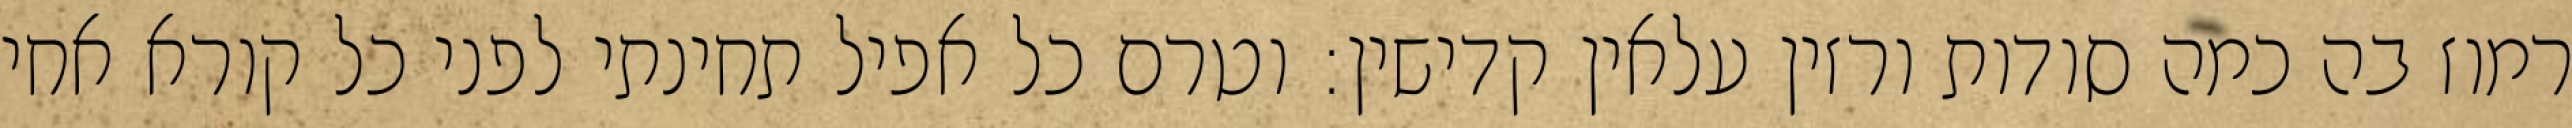
רמוז בה כמה סודות ורזין עלאין קדישין: וטרם כל אפיל תחינתי לפני כל קורא אחי